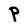
Character: P